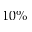
1 0 \%